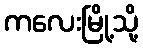
ကလေးမြို့သို့